Annual report of the Punjab Veterinary College and of the Civil Veterinary Department, Punjab - 1926-1932
Year: 1926
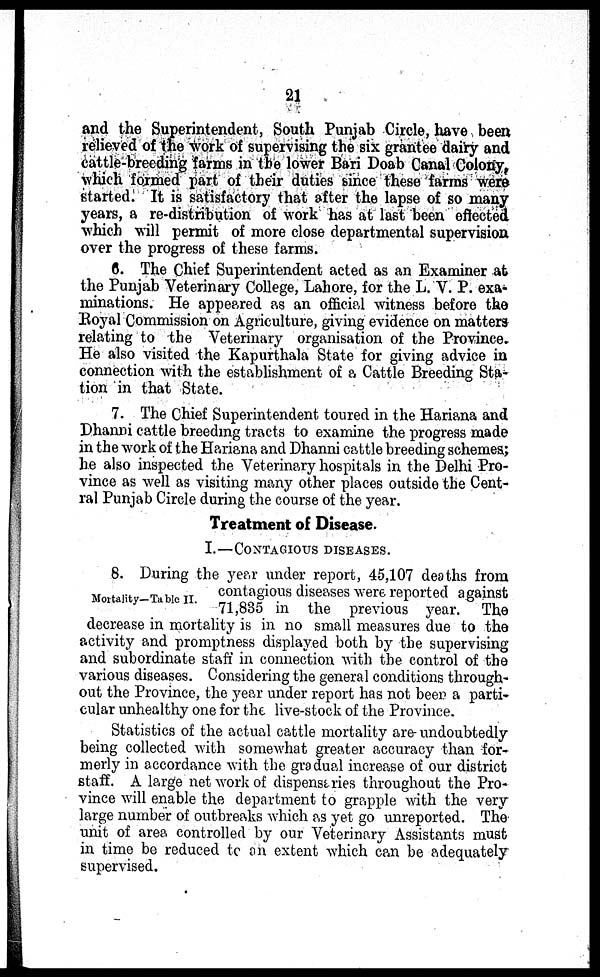
21
and the Superintendent, South Punjab Circle, have been
relieved of the work of supervising the six grantee dairy and
cattle-breeding farms in the lower Bari Doab Canal Colony,
which formed part of their duties since these farms were
started. It is satisfactory that after the lapse of so many
years, a re-distribution of work has at last been effected
which will permit of more close departmental supervision
over the progress of these farms.
6. The Chief Superintendent acted as an Examiner at
the Punjab Veterinary College, Lahore, for the L. V. P. exa-
minations. He appeared as an official witness before the
Royal Commission on Agriculture, giving evidence on matters
relating to the Veterinary organisation of the Province.
He also visited the Kapurthala State for giving advice in
connection with the establishment of a Cattle Breeding Sta-
tion in that State.
7. The Chief Superintendent toured in the Hariana and
Dhanni cattle breeding tracts to examine the progress made
in the work of the Hariana and Dhanni cattle breeding schemes;
he also inspected the Veterinary hospitals in the Delhi Pro-
vince as well as visiting many other places outside the Cent-
ral Punjab Circle during the course of the year.
Treatment of Disease.
I.—CONTAGIOUS DISEASES.
8. During the year under report, 45,107 deaths from
contagious diseases were reported against
71,835 in the previous year. The
decrease in mortality is in no small measures due to the
activity and promptness displayed both by the supervising
and subordinate staff in connection with the control of the
various diseases. Considering the general conditions through-
out the Province, the year under report has not beer a parti-
cular unhealthy one for the live-stock of the Province.
Statistics of the actual cattle mortality are undoubtedly
being collected with somewhat greater accuracy than for-
merly in accordance with the gradual increase of our district
staff. A large net work of dispensaries throughout the Pro-
vince will enable the department to grapple with the very
large number of outbreaks which as yet go unreported. The
unit of area controlled by our Veterinary Assistants must
in time be reduced to an extent which can be adequately
supervised.
Mortality-Table II.
8. During the year under report, 45,107 deaths from
contagious diseases were reported against
71,835 in the previous year. The
decrease in mortality is in no small measures due to the
activity and promptness displayed both by the supervising
and subordinate staff in connection with the control of the
various diseases. Considering the general conditions through-
out the Province, the year under report has not been a parti-
cular unhealthy one for the live-stock of the Province.
Statistics of the actual cattle mortality are- undoubtedly
being collected with somewhat greater accuracy than for*
merly in accordance with the gradual increase of our district
staff. A large net work of dispensaries throughout the Pro-
vince will enable the department to grapple with the very-
large number of outbreaks which as yet go unreported. The
unit of area controlled by our Veterinary Assistants must
in time be reduced to an extent which can be adequately
supervised.